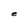
Character: e